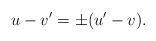
LaTeX: \begin{align*}u-v'=\pm(u'-v).\end{align*}